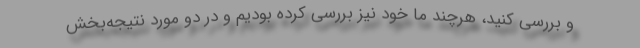
و بررسی کنید، هرچند ما خود نیز بررسی کرده بودیم و در دو مورد نتیجه‌بخش